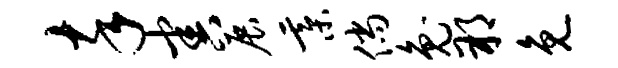
卒害展綦倘兔朔免